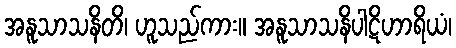
အနူသာသနိတိ၊ ဟူသည်ကား။ အနူသာသနိပါဋိဟာရိယံ၊